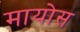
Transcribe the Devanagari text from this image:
मायोस